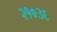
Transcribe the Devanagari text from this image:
२१०३६